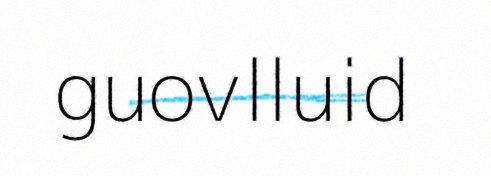
guovlluid